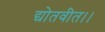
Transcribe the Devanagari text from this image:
द्योतवीत।।